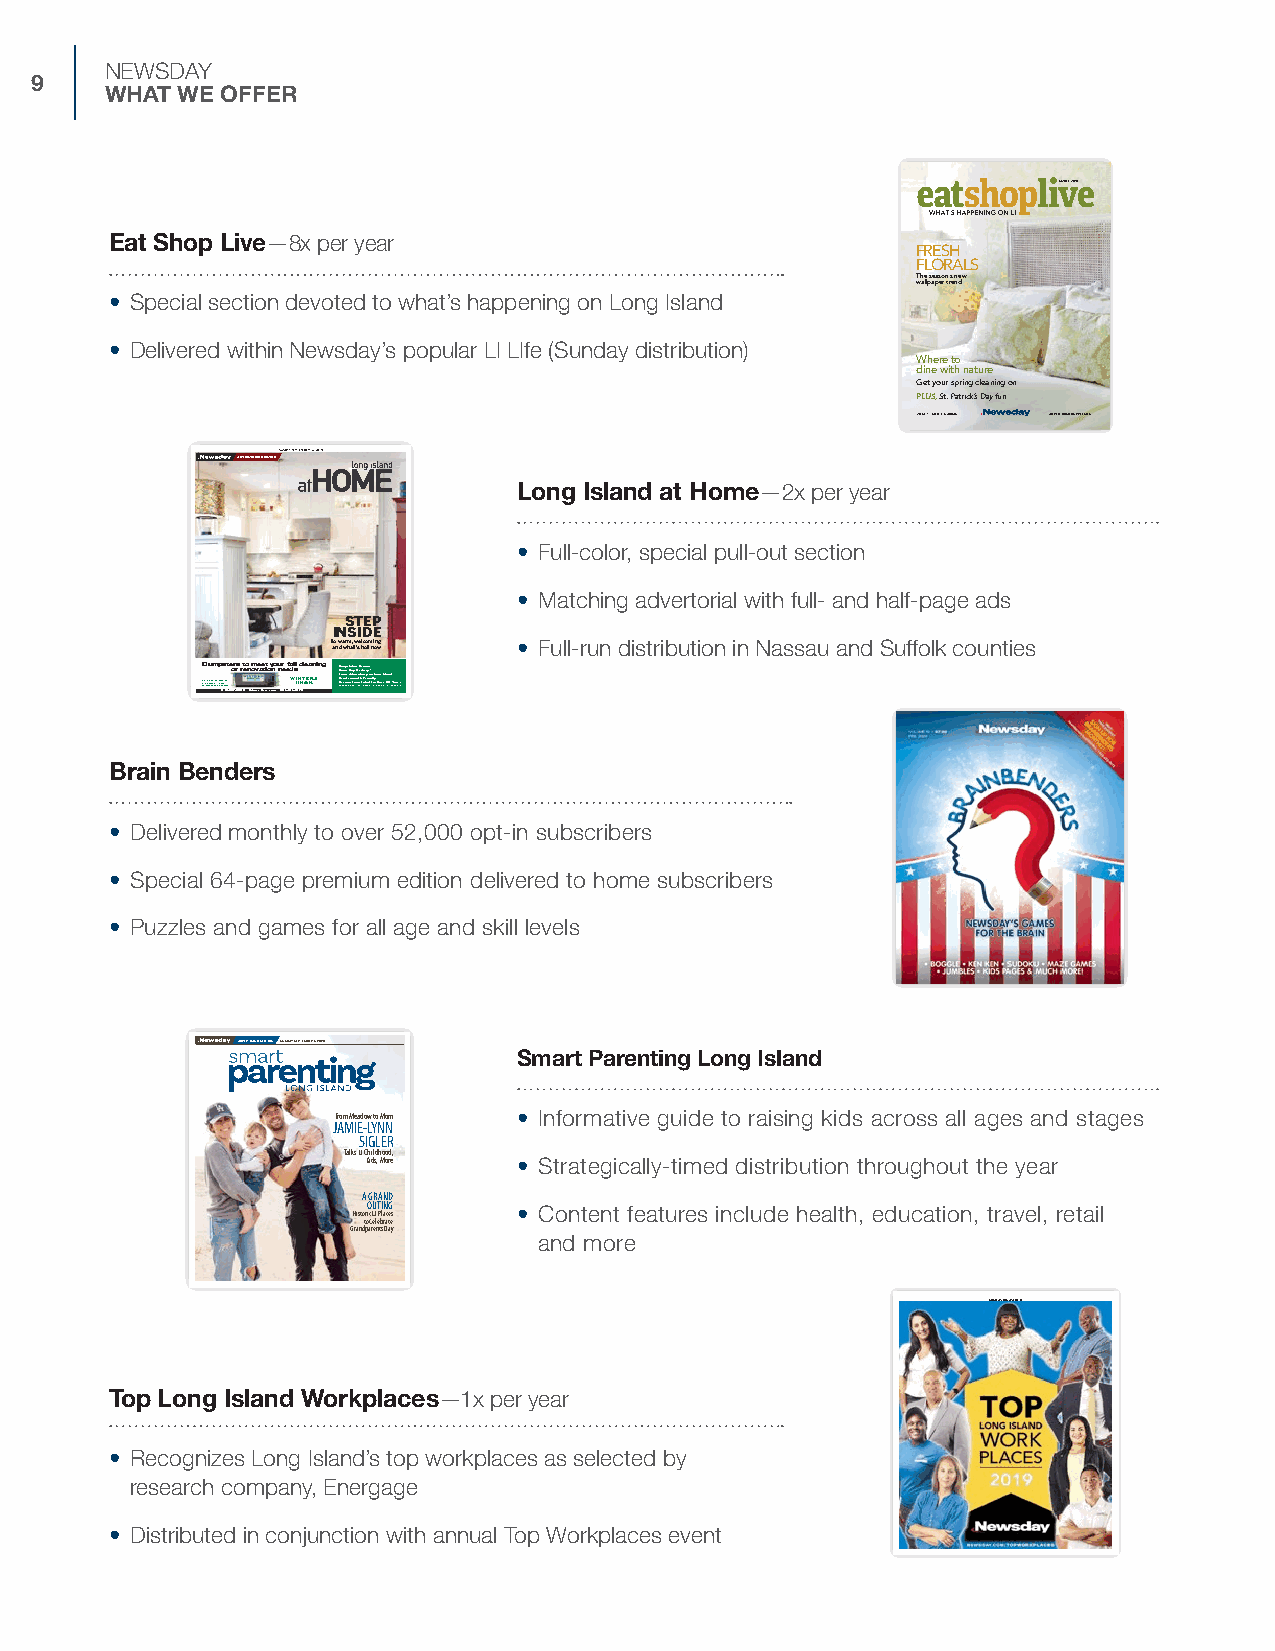
NEWSDAY
 9
 WHAT WE OFFER
 MARCH2020
 Eat Shop Live—8x per year
 FRESH
 FLORALS
 Theseason’snew
 wallpapertrend
 • Special section devoted to what’s happening on Long Island
 • Delivered within Newsday’s popular LI LIfe (Sunday distribution)
 Whereto
 dinewithnature
 Getyourspringcleaningon
 PLUS,St.Patrick’sDayfun
 ZONE1•NORTHNASSAU ADVERTISINGSUPPLEMENT
 2156601701H011
 SUNDAY,SEPTEMBER15,2019
 ADVERTISINGSECTION
 Long Island at Home—2x per year
 • Full-color, special pull-out section
 • Matching advertorial with full- and half-page ads
 STEP
 INSIDE
 taonwdawrmha,tw’selhcootmnionwg • Full-run distribution in Nassau and Suffolk counties
 SR&D EECRSu OIVDMIm NEMNGETp BRIAOC5s LT 1IAH 6t L-9eo 3r 7r -s 09r 0t 0eo •n Wmo intv ee ra se Bt rt oi so .cy on mo •un 6re 31e -f 49ad 1l -s 4l 92c 3leaning ••••• *IfSSLPC boareao orormm kg evfe dpee insse bgD s ytt iia 1Lot 1I anyi onv mv naeD .e gSlenP o&l mItri svoi eFc ler ari rr eyn ni sy eg tdo* rn in cfd toiolLyrno sOn apg vpelI yrs ,l c6a aln 0lfd oYredea 2t15ra163is 0l8s01.
 Brain Benders
 • Delivered monthly to over 52,000 opt-in subscribers
 • Special 64-page premium edition delivered to home subscribers
 • Puzzles and games for all age and skill levels
 ADVERTISING SECTION SUNDAY, SEPTEMBER 6, 2020
 Smart Parenting Long Island
 From Meadow to Mom • Informative guide to raising kids across all ages and stages
 JAMIE-LYNN
 SIGLER
 Talks LI Childhood,
 Kids, More • S trategically-timed distribution throughout the year
 A GRAND
 OUTING    • C ontent features include health, education, travel, retail
 Historic LI Places
 to Celebrate
 Grandparents Day
 and more
 2160416201
 SUNDAY,OCT.27,2019
 Top Long Island Workplaces—1x per year
 • Recognizes Long Island’s top workplaces as selected by
 research company, Energage
 • Distributed in conjunction with annual Top Workplaces event
 N